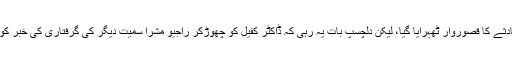
اتنے سارے لوگوں کو گورکھپور حادثے کا قصوروار ٹھہرایا گیا، لیکن دلچسپ بات یہ رہی کہ ڈاکٹر کفیل کو چھوڑ‌کر راجیو مشرا سمیت دیگر کی گرفتاری کی خبر کو میڈیا میں کوئی توجہ نہیں دی گئی۔